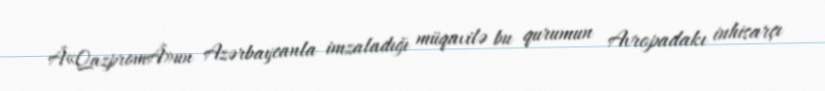
Â«QazpromÂ»un Azərbaycanla imzaladığı müqavilə bu qurumun Avropadakı inhisarçı